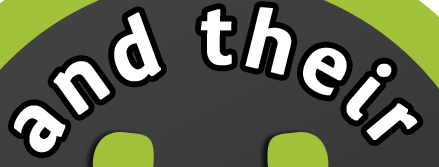
and their